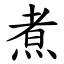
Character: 煮